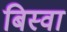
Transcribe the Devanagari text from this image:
बिस्‍वा